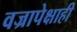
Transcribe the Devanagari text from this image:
वज्रापेक्षाही